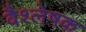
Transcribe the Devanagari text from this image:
वैश्लेषक